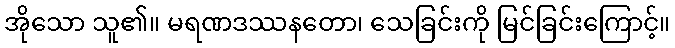
အိုသော သူ၏။ မရဏဒဿနတော၊ သေခြင်းကို မြင်ခြင်းကြောင့်။